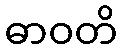
ဓာဝတိ